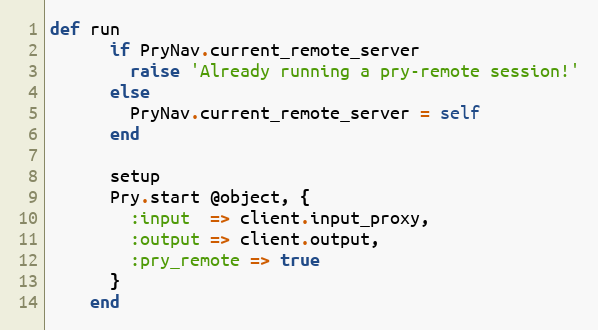
Language: Ruby
def run
      if PryNav.current_remote_server
        raise 'Already running a pry-remote session!'
      else
        PryNav.current_remote_server = self
      end

      setup
      Pry.start @object, {
        :input  => client.input_proxy,
        :output => client.output,
        :pry_remote => true
      }
    end